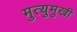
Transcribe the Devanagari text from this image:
मुत्युमुखी